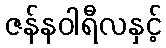
ဇန်နဝါရီလနှင့်